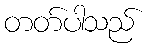
တတ်ပါသည်